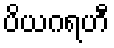
ပိယဂရဟီ